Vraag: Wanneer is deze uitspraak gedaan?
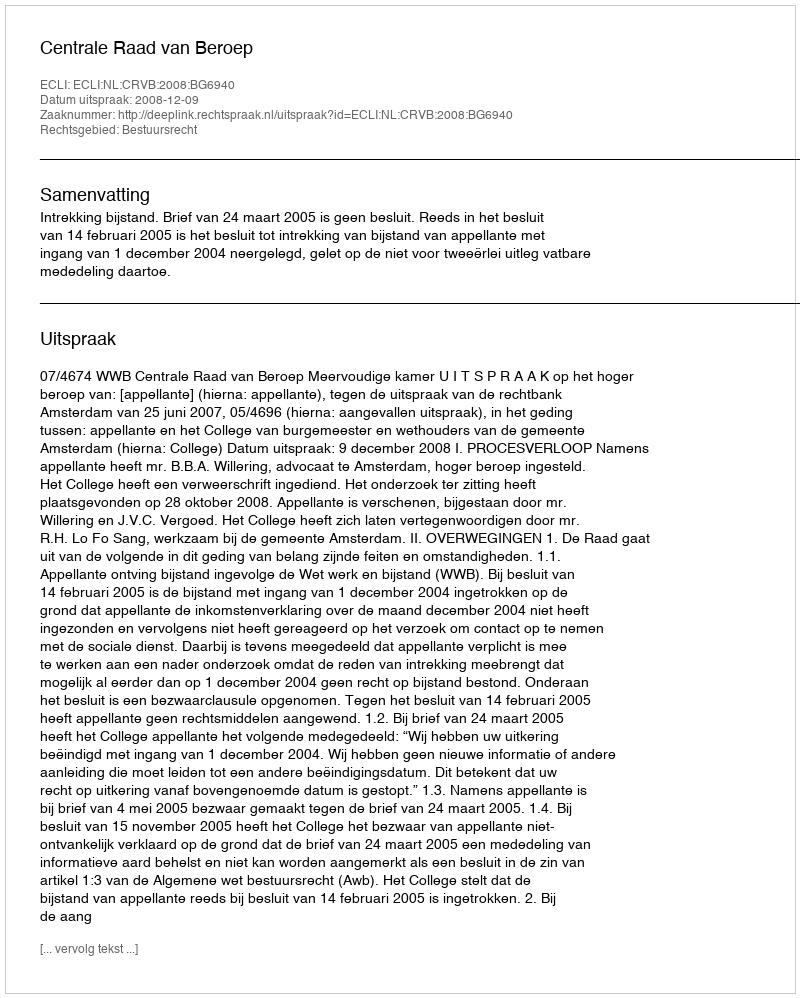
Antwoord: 2008-12-09